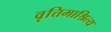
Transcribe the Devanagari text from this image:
वृत्तिमाश्रित्य